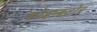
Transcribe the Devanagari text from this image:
कोइम्बटोर